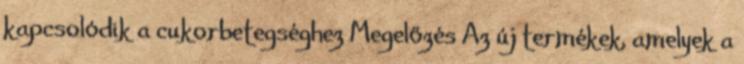
kapcsolódik a cukorbetegséghez Megelőzés Az új termékek, amelyek a